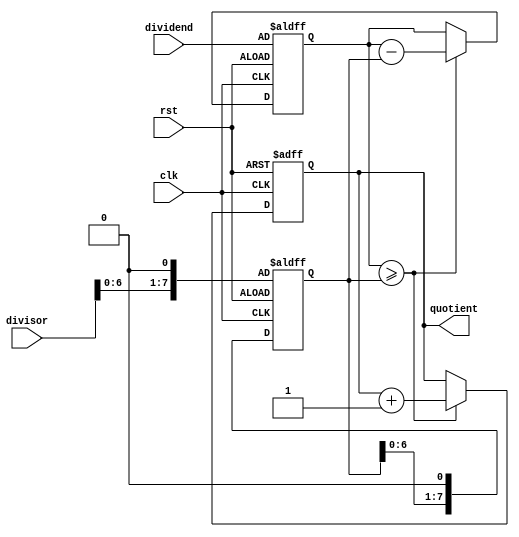
module Shift_and_Subtract_Divider (
    input clk,
    input rst,
    input [7:0] dividend,
    input [7:0] divisor,
    output reg [7:0] quotient
);

reg [7:0] remainder;
reg [7:0] shifted_divisor;

always @ (posedge clk or posedge rst) begin
    if (rst) begin
        quotient <= 8'b0;
        remainder <= dividend;
        shifted_divisor <= divisor << 1;
    end else begin
        if (remainder >= shifted_divisor) begin
            remainder <= remainder - shifted_divisor;
            quotient <= quotient + 1;
        end
        shifted_divisor <= shifted_divisor << 1;
    end
end

endmodule